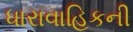
ધારાવાહિકની